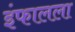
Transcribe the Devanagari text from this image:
इंफालला